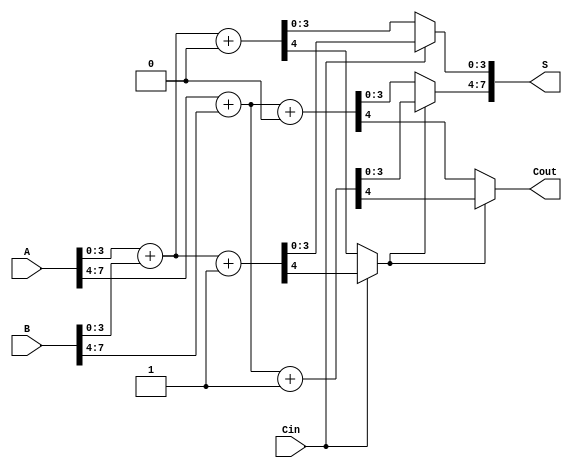
module CarrySelectAdder #(parameter N = 8, K = 4) (
    input  wire [N-1:0] A,     // First n-bit input
    input  wire [N-1:0] B,     // Second n-bit input
    input  wire Cin,            // Input carry
    output wire [N-1:0] S,      // n-bit sum output
    output wire Cout            // Output carry
);

    localparam M = N / K; // Number of segments
    wire [K-1:0] Sum0[M-1:0]; // Sum when carry-in is 0
    wire [K-1:0] Sum1[M-1:0]; // Sum when carry-in is 1
    wire Cout0[M-1:0]; // Carry out when carry-in is 0
    wire Cout1[M-1:0]; // Carry out when carry-in is 1

    // Generate sums and carries for each segment
    generate
        genvar i;
        for (i = 0; i < M; i = i + 1) begin : segment
            wire [K-1:0] A_seg = A[(i+1)*K-1:i*K]; // A segment
            wire [K-1:0] B_seg = B[(i+1)*K-1:i*K]; // B segment
            
            // Full Adders for Cin = 0
            assign {Cout0[i], Sum0[i]} = A_seg + B_seg + 1'b0;
            // Full Adders for Cin = 1
            assign {Cout1[i], Sum1[i]} = A_seg + B_seg + 1'b1;
        end
    endgenerate

    // Mux for selecting sums and carries based on the carry from the previous segment
    wire [N-1:0] S_temp;
    wire [M:0] carry; // carry[0] = Cin, carry[M] = Cout

    assign carry[0] = Cin;

    generate
        for (i = 0; i < M; i = i + 1) begin : mux
            assign S_temp[(i+1)*K-1:i*K] = (carry[i] == 1'b0) ? Sum0[i] : Sum1[i];
            assign carry[i+1] = (carry[i] == 1'b0) ? Cout0[i] : Cout1[i];
        end
    endgenerate

    assign S = S_temp;
    assign Cout = carry[M];

endmodule